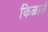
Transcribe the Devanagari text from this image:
किळाले